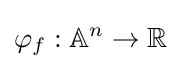
\varphi _{f}:\mathbb {A} ^{n}\to \mathbb {R}